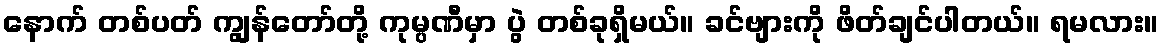
နောက် တစ်ပတ် ကျွန်တော်တို့ ကုမ္ပဏီမှာ ပွဲ တစ်ခုရှိမယ်။ ခင်ဗျားကို ဖိတ်ချင်ပါတယ်။ ရမလား။